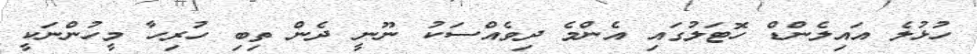
ހުޅުލެ އައިލެންޑް ހޮޓަލުގައި އެންމެ ދިވެއްސަކު ނޫނީ ދެން ތިބި ހުރިހާ މީހުންނަކީ